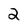
Character: 2